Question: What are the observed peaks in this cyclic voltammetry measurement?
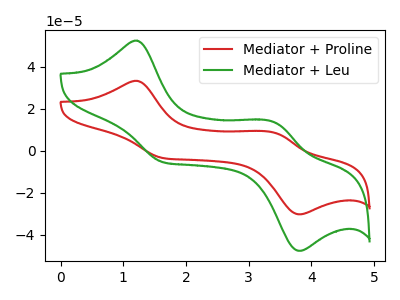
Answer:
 <answer>The red curve "Mediator + Proline" has anodic peaks at (1.20V, 33.35uA) (3.40V, 8.60uA) and cathodic peaks at (1.65V, -3.40uA) (3.80V, -30.25uA). The green curve "Mediator + Leu" has anodic peaks at (1.20V, 52.50uA) (3.40V, 13.50uA) and cathodic peaks at (1.65V, -5.40uA) (3.80V, -47.65uA).</answer>
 <eval></eval>